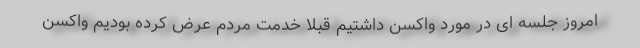
امروز جلسه ای در مورد واکسن داشتیم قبلا خدمت مردم عرض کرده بودیم واکسن